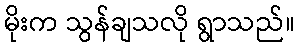
မိုးက သွန်ချသလို ရွာသည်။